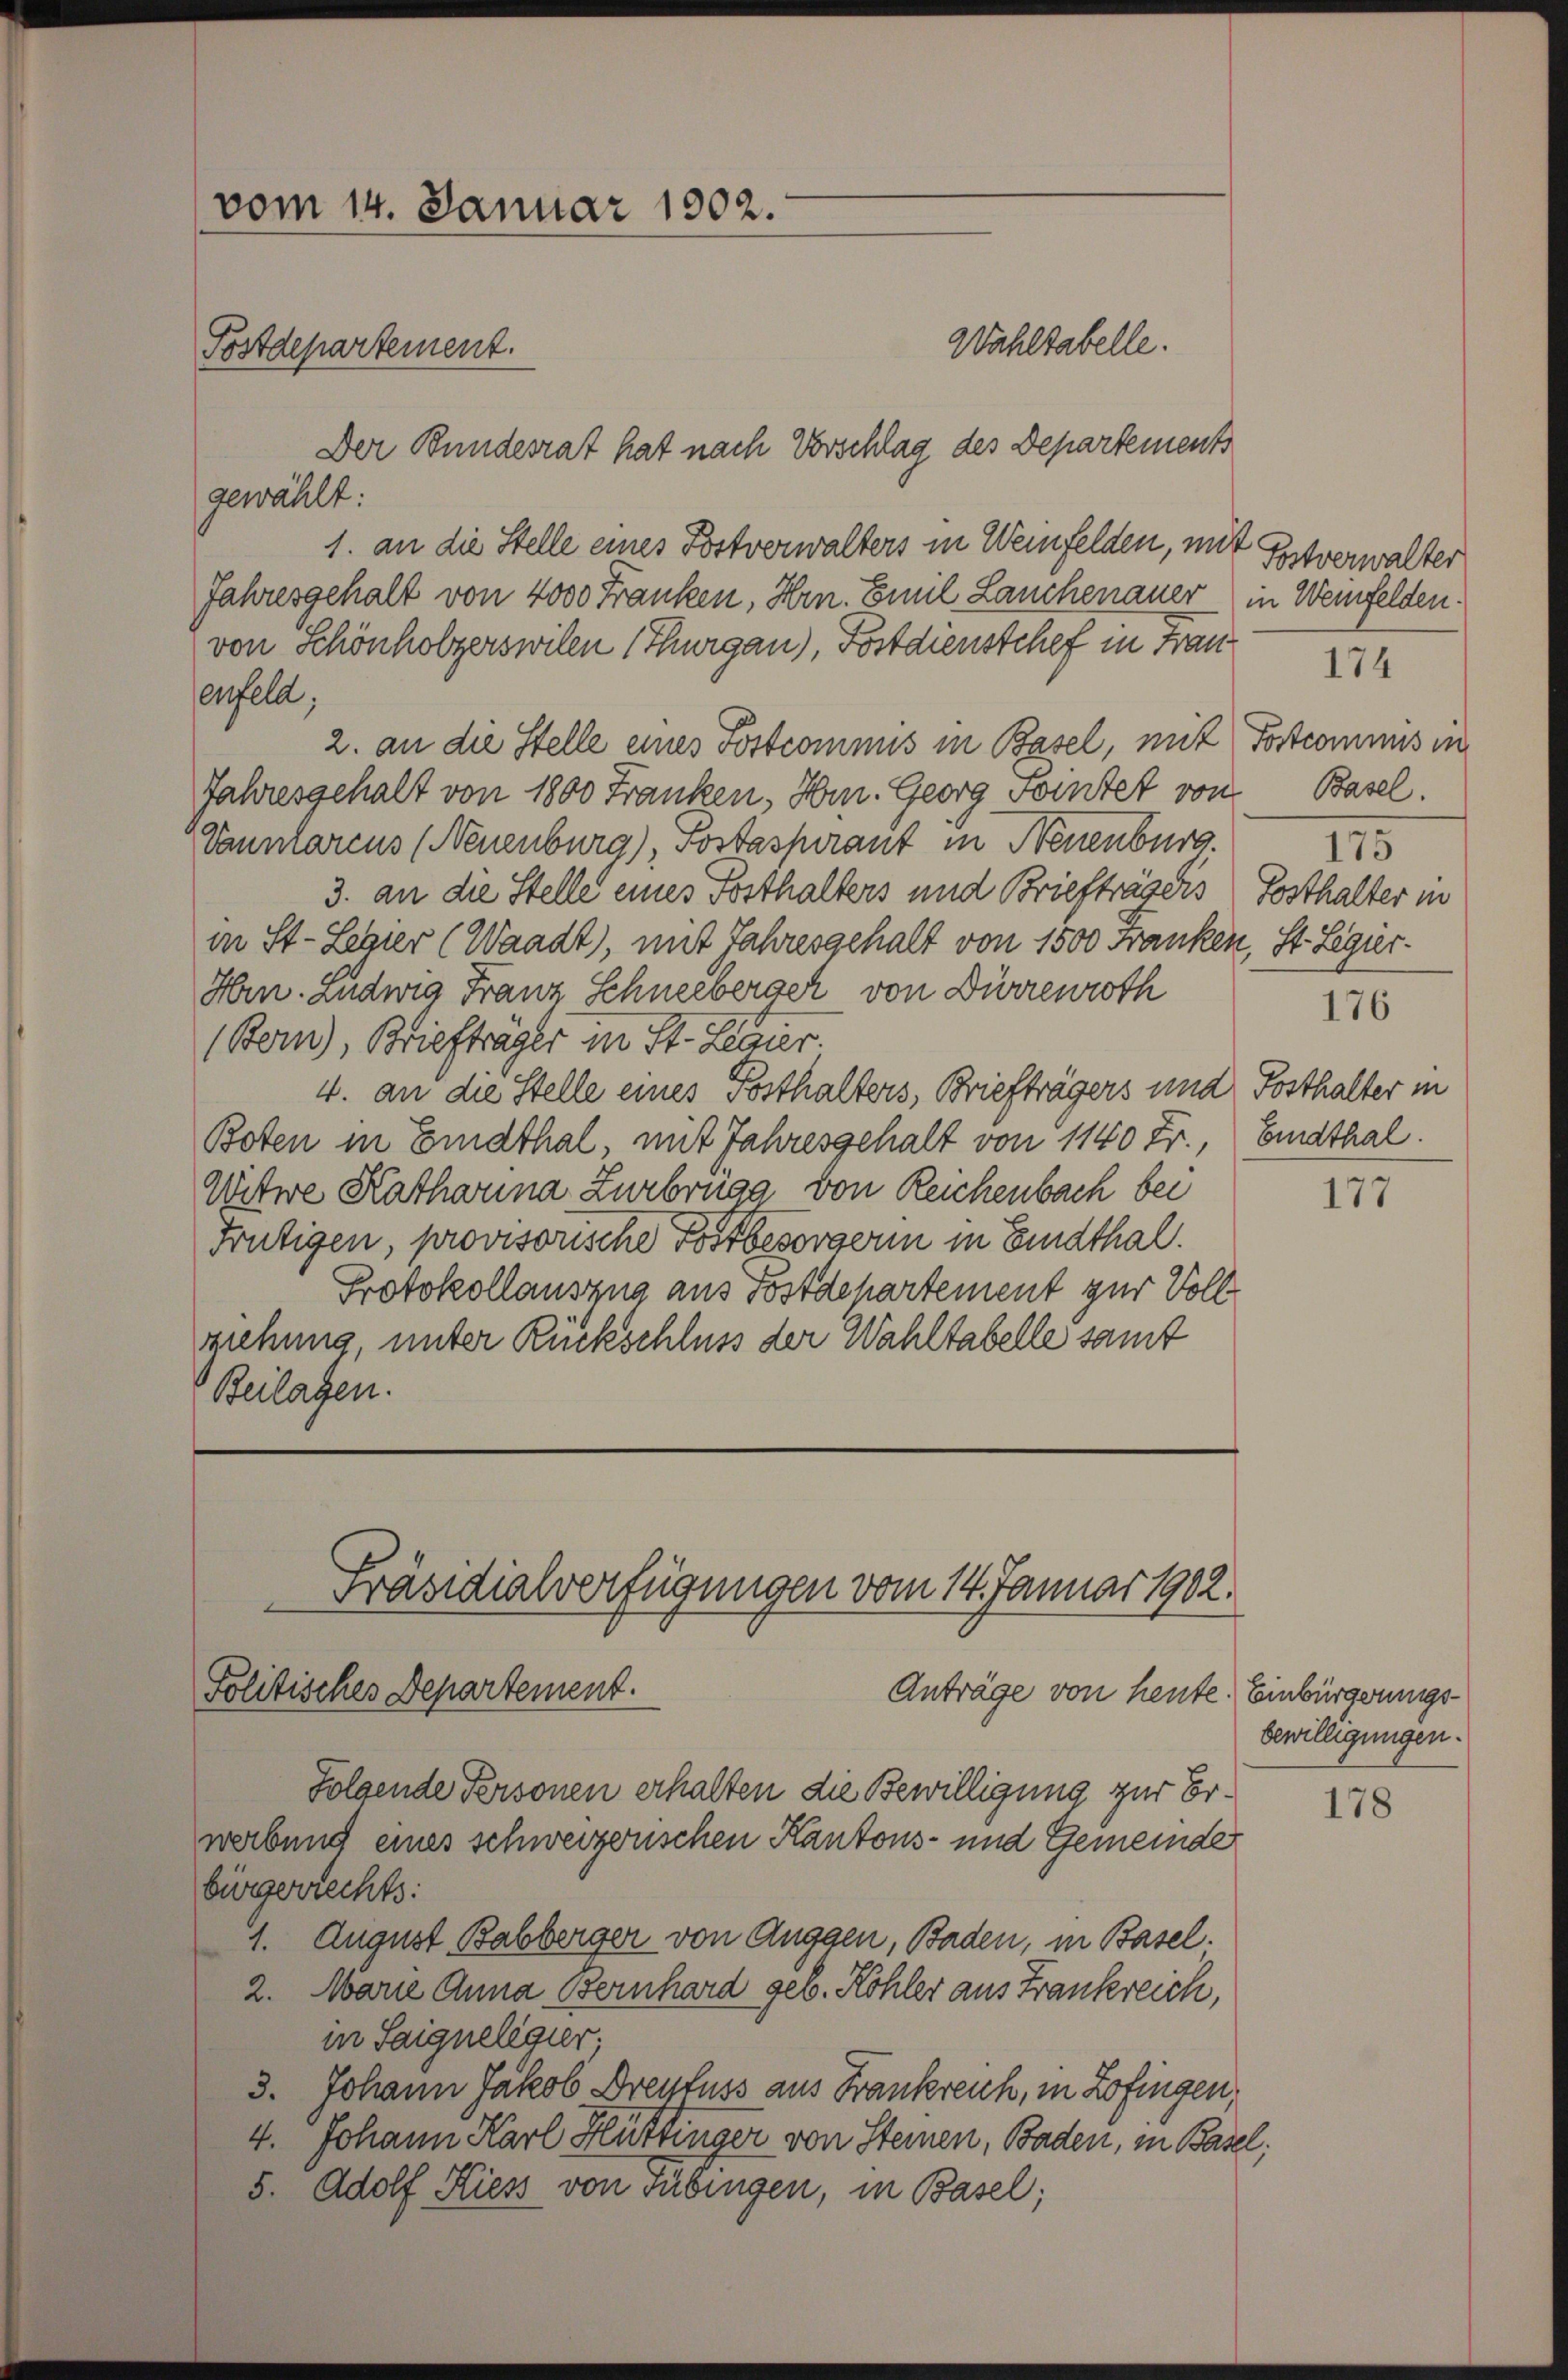
vom 14. Januar 1902.
Wahltabelle.
Postdepartement.
Der Bundesrat hat nach Vorschlag des Departements

1. an die Stelle eines Postverwalters in Weinfelden, mit Entverwalter
Jahresgehalt von 4000 Franken, Hrn. Emil Lauchenauer in Weinfelden.
von Schönholzerswilen (Thurgau), Postdienstchef in Frau
enfeld;
2. an die Stelle eines Postcomnus in Basel, mit Postcommis in
Jahresgehalt von 1800 Franken, Hrn. Georg Sointer von
Vannlarens (Neuenburg), Postaspirant in Neuenburg. 173
3. an die Stelle eines Posthalters und Briefträgers Posthalter in
in St. Leger (Waadt), mit Jahresgehalt von 1500 Franken, St. Legür¬
Hrn. Ludwig Franz Schneeberger von Dürrenroth
(Be), Briefträger in St. Lenier.
4. an die Stelle eines Posthalters, Briefträgers und Posthalter in
Boten in Eindthal, mit Jahresgehalt von 1140 Fr., Erdthal.
Witwe Katharina Zurbruga von Reichenbach bei
Frutigen, provisorische Post besorgerin in Lindthal.
Protokollauszug aus Postdepartement zur Vollziehung, unter Rückschluss der Wahltabelle samt
Beilagen.

gewählt:

Präsidialverfügungen vom 14. Januar 1902.
Politisches Departement.
Anträge von heute. Einbürgerungs¬
Folgende Personen erhalten die Bewilligung zur Er¬

174
Basel.

werbung eines schweizerischen Kantons- und Gemeinde
bürgerrechts:
1. August Babberger von Auggen, Baden, in Basel.
2. Marie Anna Bernhard geb. Kohler aus Frankreich,
in Saigneligier;
3. Johann Jakob Dreyfuss aus Frankreich, in Zofingen,
4. Johann Karl Hüttinger von Steinen, Baden, in Basel;
5. Adolf Kiess von Tübingen, in Basel;

176

177

bewilligungen.

178